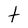
Character: t